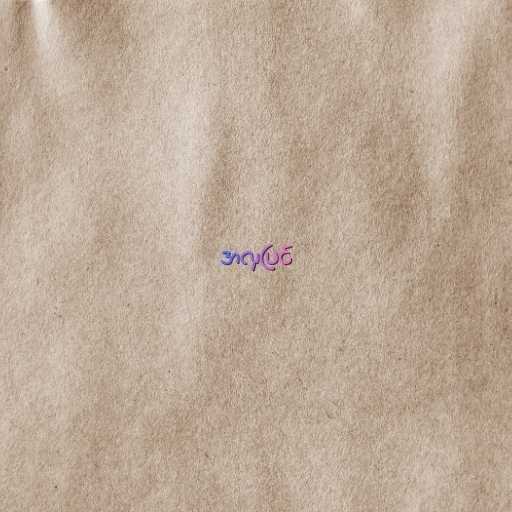
အလှပြင်